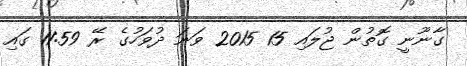
ގާނޫނީ ގޮތުން ޖުލައި 15 2015 ވަނަ ދުވަހުގެ ރޭ 11:59 ގައި